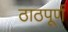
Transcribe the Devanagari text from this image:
ठाठपूर्ण